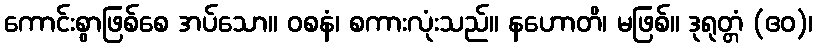
ကောင်းစွာဖြစ်စေ အပ်သော။ ဝစနံ၊ စကားလုံးသည်။ နဟောတိ၊ မဖြစ်။ ဒုရုတ္တံ (ဧဝ)၊